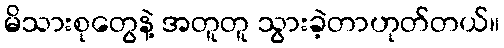
မိသားစုတွေနဲ့ အတူတူ သွားခဲ့တာဟုတ်တယ်။